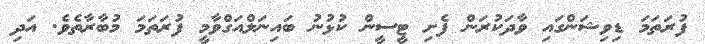
ފުރަތަމަ ޑިވިޝަންގައި ވާދަކުރަން ފެށި ޓީސީން ކުޅުނު ބައިނަލްއަގްވާމީ ފުރަތަމަ މުބާރާތެވެ. އަދި